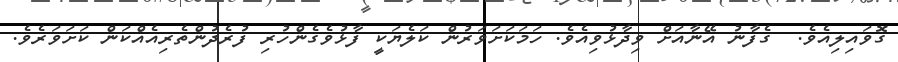
ގޮވައިލިއެވެ.  ގެފާނު އޭނާއަށް ވިދާޅުވިއެވެ. ހަމަކަށަވަރުން ކަލެޔަކީ ފާޅުވެގެންހުރި ފުރެދުންތެރިއެއްކަން ކަށަވަރެވެ.